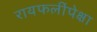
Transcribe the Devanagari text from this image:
रायफलींपेक्षा